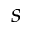
s